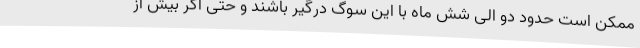
ممکن است حدود دو الی شش ماه با این سوگ درگیر باشند و حتی اگر بیش از